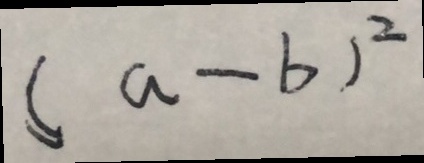
( a - b ) ^ { 2 }